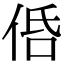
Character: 𠈲